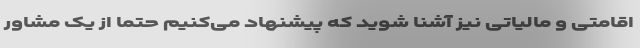
اقامتی و مالیاتی نیز آشنا شوید که پیشنهاد می‌کنیم حتما از یک مشاور